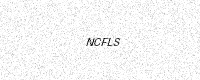
Text: NCFLS